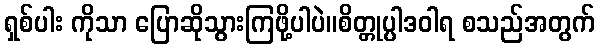
ရှစ်ပါး ကိုသာ ပြောဆိုသွားကြဖို့ပါပဲ။စိတ္တုပ္ပါဒဝါရ စသည်အတွက်